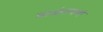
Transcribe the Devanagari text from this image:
बाळंतपणं